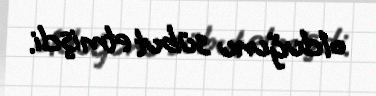
olduğunu sübut etmişdi.